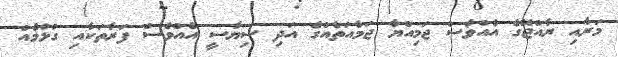
މަރާއި ރާއްޖޭގެ އެއްވެސް ޖަމިއްޔާ ޖަމާއަތެއްގެ އަދި ސިޔާސީ އެއްވެސް ފަރާތަކާއި ގުޅުމެއް